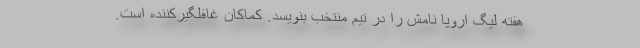
هفته لیگ اروپا نامش را در تیم منتخب بنویسد. کماکان غافلگیرکننده است.